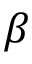
\beta